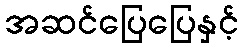
အဆင်ပြေပြေနှင့်